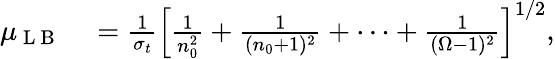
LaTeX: \begin{array}{rl}{\mu_{\mathrm{~L~B~}}}&{{}=\frac{1}{\sigma_{t}}\left[\frac{1}{n_{0}^{2}}+\frac{1}{(n_{0}+1)^{2}}+\cdots+\frac{1}{(\Omega-1)^{2}}\right]^{1/2},}\end{array}